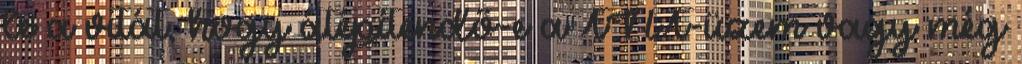
le a vitát, hogy átépítendő-e a TNT-üzem vagy még